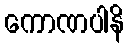
ကောဏပါနိ